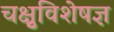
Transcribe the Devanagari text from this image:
चक्षुविशेषज्ञ